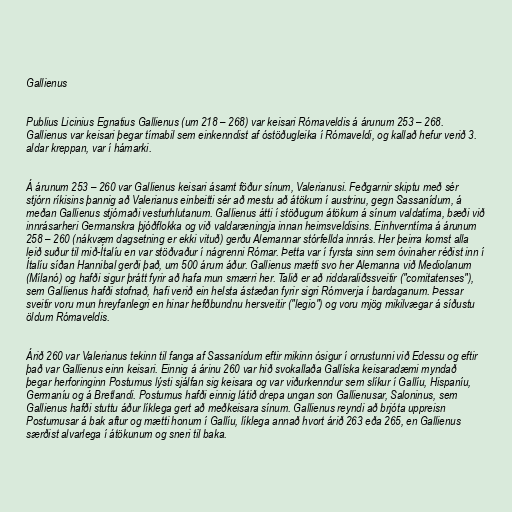
Gallienus

Publius Licinius Egnatius Gallienus (um 218 – 268) var keisari Rómaveldis á árunum 253 – 268.
Gallienus var keisari þegar tímabil sem einkenndist af óstöðugleika í Rómaveldi, og kallað hefur verið 3.
aldar kreppan, var í hámarki.

Á árunum 253 – 260 var Gallienus keisari ásamt föður sínum, Valerianusi. Feðgarnir skiptu með sér
stjórn ríkisins þannig að Valerianus einbeitti sér að mestu að átökum í austrinu, gegn Sassanídum, á
meðan Gallienus stjórnaði vesturhlutanum. Gallienus átti í stöðugum átökum á sínum valdatíma, bæði við
innrásarheri Germanskra þjóðflokka og við valdaræningja innan heimsveldisins. Einhverntíma á árunum
258 – 260 (nákvæm dagsetning er ekki vituð) gerðu Alemannar stórfellda innrás. Her þeirra komst alla
leið suður til mið-Ítalíu en var stöðvaður í nágrenni Rómar. Þetta var í fyrsta sinn sem óvinaher réðist inn í
Ítalíu síðan Hannibal gerði það, um 500 árum áður. Gallienus mætti svo her Alemanna við Mediolanum
(Mílanó) og hafði sigur þrátt fyrir að hafa mun smærri her. Talið er að riddaraliðssveitir ("comitatenses"),
sem Gallienus hafði stofnað, hafi verið ein helsta ástæðan fyrir sigri Rómverja í bardaganum. Þessar
sveitir voru mun hreyfanlegri en hinar hefðbundnu hersveitir ("legio") og voru mjög mikilvægar á síðustu
öldum Rómaveldis.

Árið 260 var Valerianus tekinn til fanga af Sassanídum eftir mikinn ósigur í orrustunni við Edessu og eftir
það var Gallienus einn keisari. Einnig á árinu 260 var hið svokallaða Gallíska keisaradæmi myndað
þegar herforinginn Postumus lýsti sjálfan sig keisara og var viðurkenndur sem slíkur í Gallíu, Hispaníu,
Germaníu og á Bretlandi. Postumus hafði einnig látið drepa ungan son Gallienusar, Saloninus, sem
Gallienus hafði stuttu áður líklega gert að meðkeisara sínum. Gallienus reyndi að brjóta uppreisn
Postumusar á bak aftur og mætti honum í Gallíu, líklega annað hvort árið 263 eða 265, en Gallienus
særðist alvarlega í átökunum og sneri til baka.